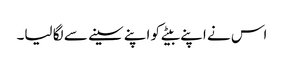
اس نے اپنے بیٹے کو اپنے سینے سے لگا لیا۔